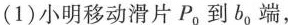
(1)小明移动滑片P_{0}到b_{0}端，